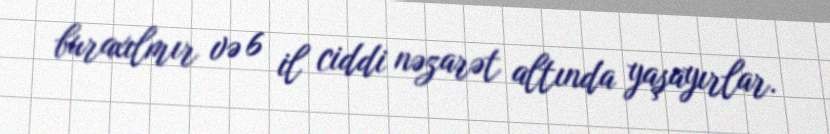
buraxılmır və 6 il ciddi nəzarət altında yaşayırlar.